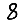
Digit: 8